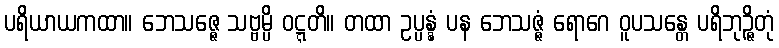
ပရိယာယကထာ။ ဘေသဇ္ဇေ သဗ္ဗမ္ပိ ဝဋ္ဋတိ။ တထာ ဥပ္ပန္နံ ပန ဘေသဇ္ဇံ ရောဂေ ဝူပသန္တေ ပရိဘုဉ္ဇိတုံ